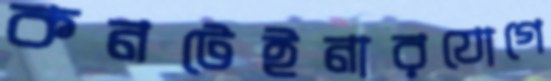
কনটেইনারযোগে